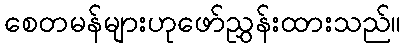
စေတမန်များဟုဖော်ညွှန်းထားသည်။